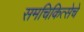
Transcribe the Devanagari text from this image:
समचिकित्सेचे